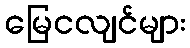
မြေငလျင်များ